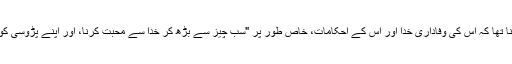
یہووا وٹنس کی حیثیت سے وولف گینگ کا ماننا تھا کہ اس کی وفاداری خدا اور اس کے احکامات، خاص طور پر "سب چیز سے بڑھ کر خدا سے محبت کرنا، اور اپنے پڑوسی کو اپنی طرح سمجھنا" کے حکم، کی طرف تھی۔